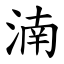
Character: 湳